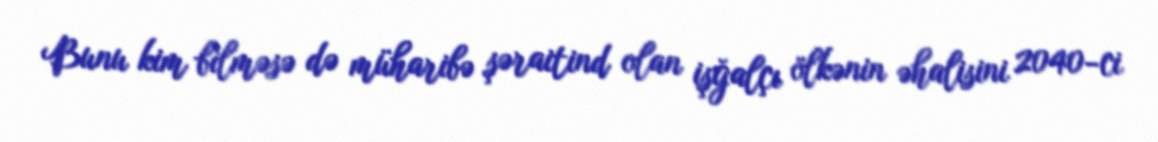
Bunu kim bilməsə də müharibə şəraitind olan işğalçı ölkənin əhalisini 2040-ci